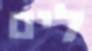
לים